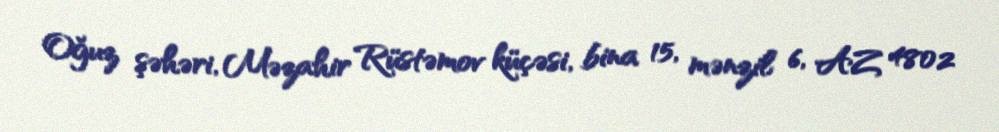
Oğuz şəhəri, Məzahir Rüstəmov küçəsi, bina 15, mənzil 6, AZ 4802